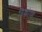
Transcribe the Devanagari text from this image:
रिकोव्ह